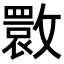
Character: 𭤌